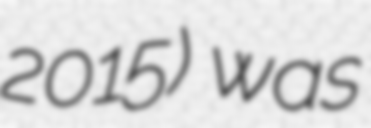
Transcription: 2015) was